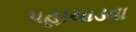
પહાચાડવા